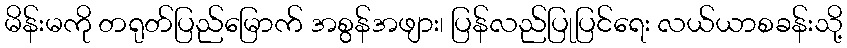
မိန်းမကို တရုတ်ပြည်မြောက် အစွန်အဖျား၊ ပြန်လည်ပြုပြင်ရေး လယ်ယာစခန်းသို့